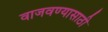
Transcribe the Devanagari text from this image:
वाजवण्यासाठी